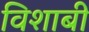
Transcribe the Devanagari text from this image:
विशाबी